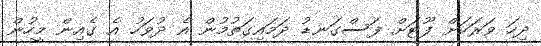
ދިހަ ވަރަކަށް ފޫޓަށް ފަސްގަނޑު ދަމައިގަތުމުން އެ ދުވަހު އެ ގެއިން މީހުން